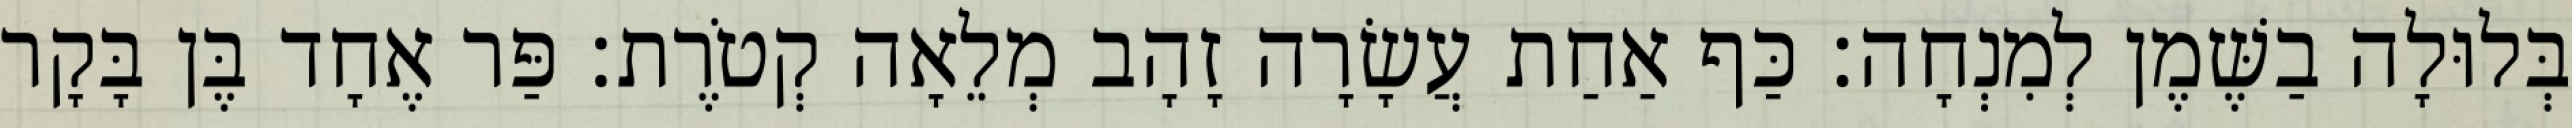
בְּלוּלָה בַשֶּׁמֶן לְמִנְחָה׃ כַּף אַחַת עֲשָׂרָה זָהָב מְלֵאָה קְטֹרֶת׃ פַּר אֶחָד בֶּן בָּקָר